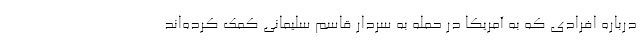
درباره افرادی که به آمریکا در حمله به سردار قاسم سلیمانی کمک کرده‌اند